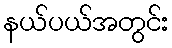
နယ်ပယ်အတွင်း